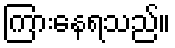
ကြားနေရသည်။